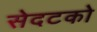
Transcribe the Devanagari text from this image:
सेदटको